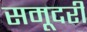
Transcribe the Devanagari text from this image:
समूदरी